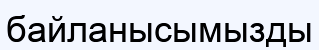
байланысымызды